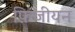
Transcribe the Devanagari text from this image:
फ़िजीयन